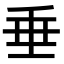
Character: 垂